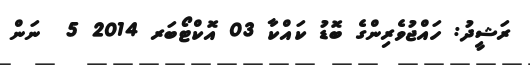
ރަޝީދު: ހައްޖުވެރިންގެ ބޮޑު ކައްކާ 03 އޮކްޓޯބަރ 2014 5  ނަން